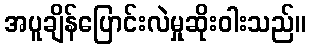
အပူချိန်ပြောင်းလဲမှုဆိုးဝါးသည်။